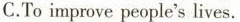
C.To improve people's lives.